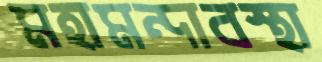
মহামন্দাবস্থা